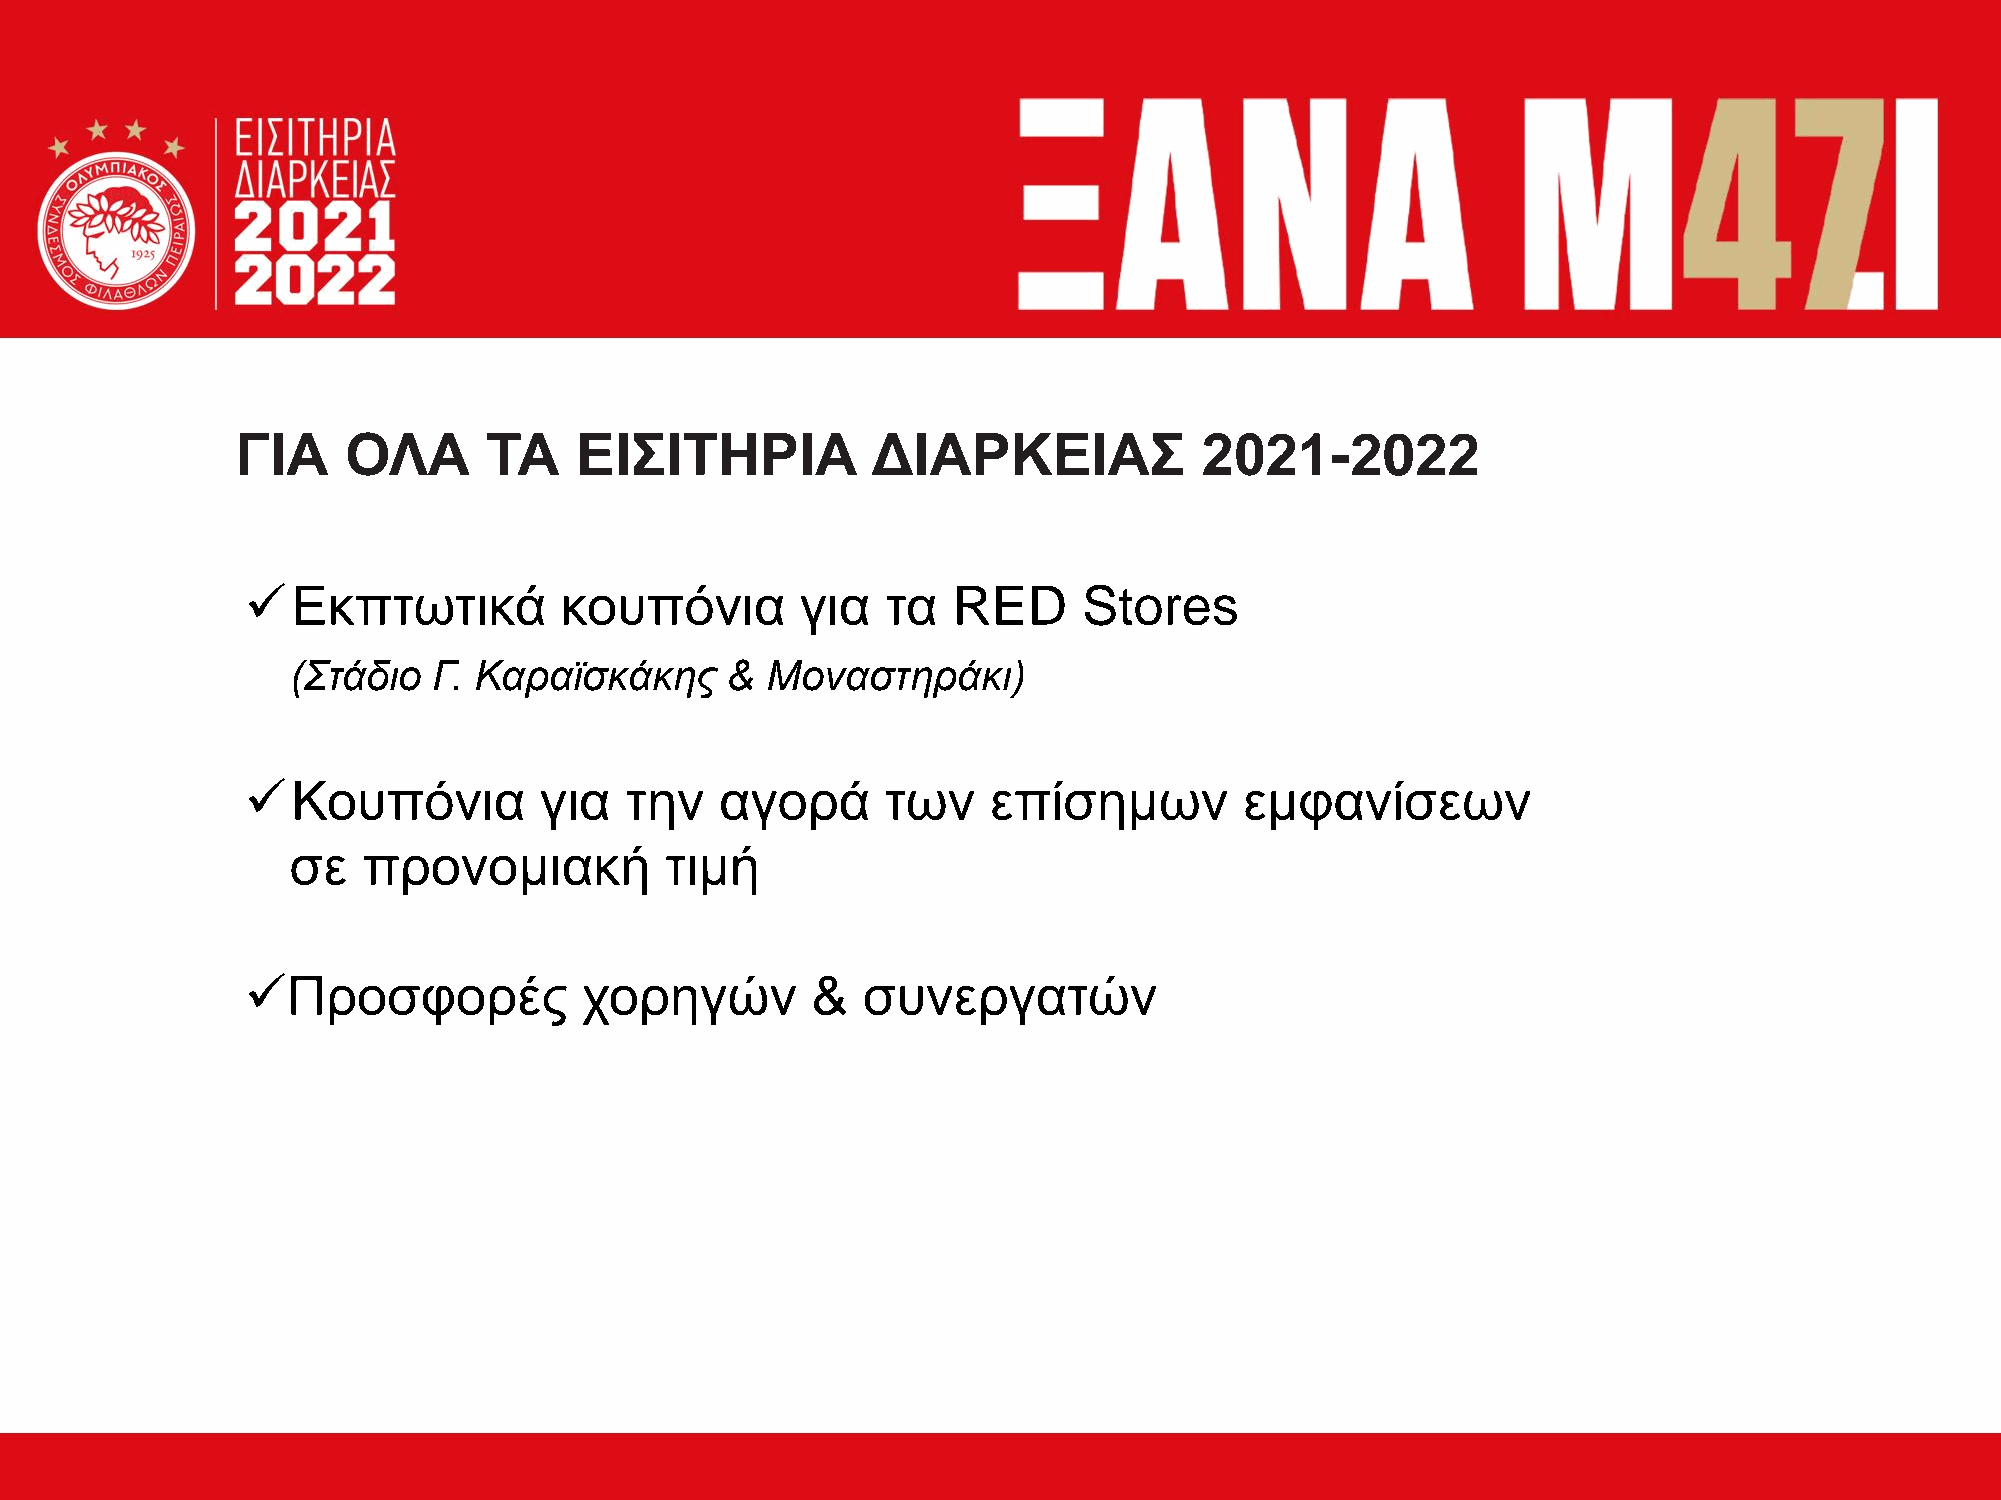
ΓΙΑ    ΟΛΑ      ΤΑ    ΕΙΣΙΤΗΡΙΑ           ΔΙΑΡΚΕΙΑΣ             2021-2022
 Εκπτωτικά           κουπόνια        για   τα  RED      Stores
 (Στάδιο   Γ. Καραϊσκάκης     &  Μοναστηράκι)
 Κουπόνια           για  την    αγορά      των   επίσημων         εμφανίσεων
 σε   προνομιακή          τιμή
 Προσφορές            χορηγών         &  συνεργατών